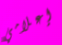
إعلامي